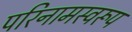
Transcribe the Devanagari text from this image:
परिनामस्वरूप